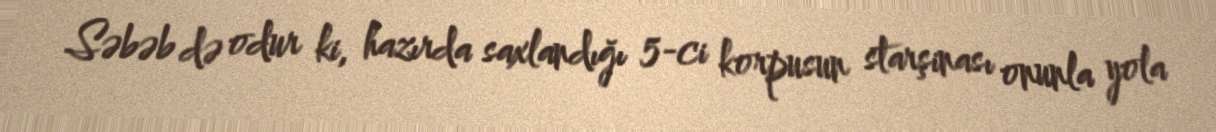
Səbəb də odur ki, hazırda saxlandığı 5-ci korpusun starşinası onunla yola